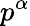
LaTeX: p^{\alpha}